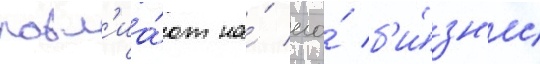
повл'иа́ют на́ его́ б'и́зн'ес